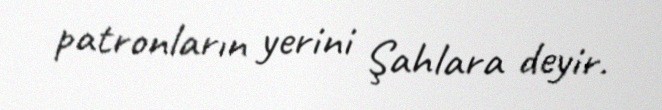
patronların yerini Şahlara deyir.